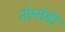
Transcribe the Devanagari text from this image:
नोर्मांडी